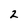
Character: 2